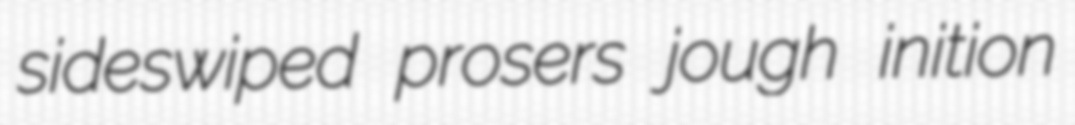
sideswiped prosers jough inition